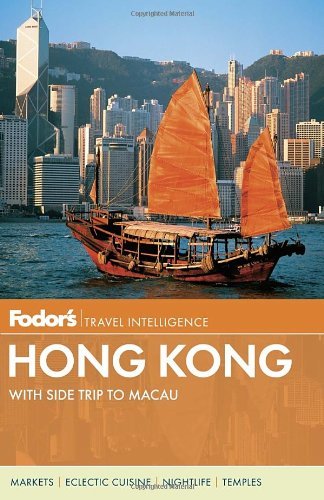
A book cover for By Fodor's Fodor's Hong Kong: with a Side Trip to Macau (Full-color Travel Guide) (23 Pap/Map) [Paperback]; Travel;